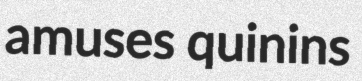
amuses quinins